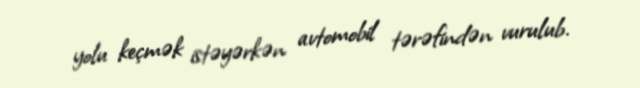
yolu keçmək istəyərkən avtomobil tərəfindən vurulub.